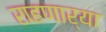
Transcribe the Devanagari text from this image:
राहणार्या